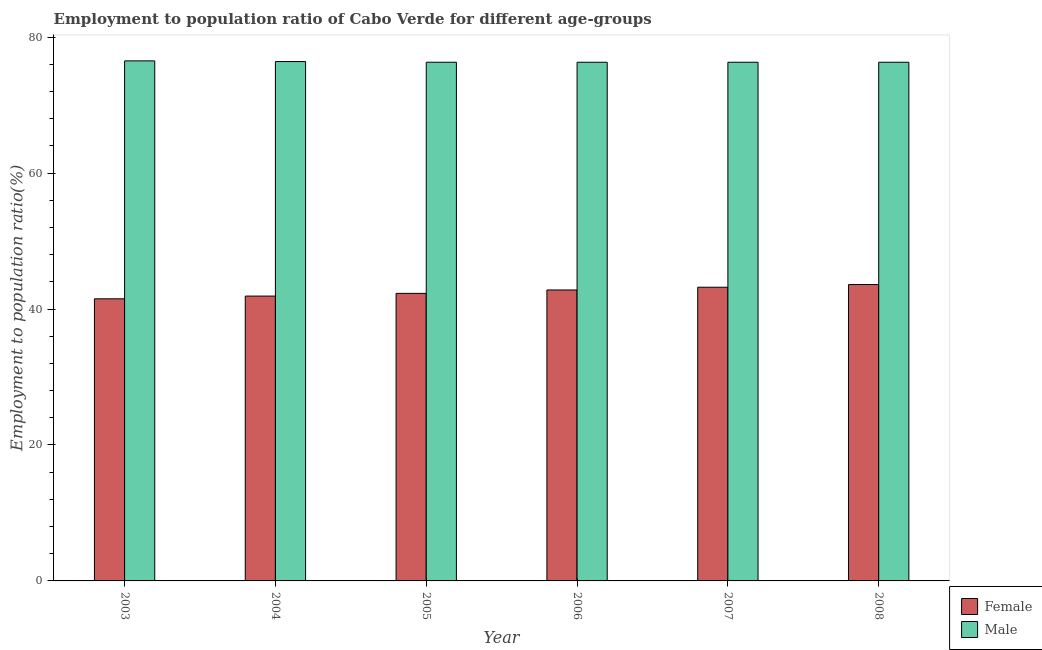
| Year | Female | Male |
 | --- | --- | --- |
 | 2003 | 41.5 | 76.5 |
 | 2004 | 41.9 | 76.4 |
 | 2005 | 42.3 | 76.3 |
 | 2006 | 42.8 | 76.3 |
 | 2007 | 43.2 | 76.3 |
 | 2008 | 43.6 | 76.3 |